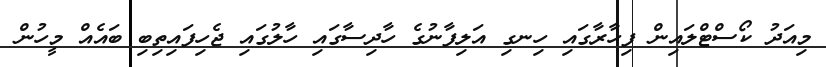
މިއަދު ކޯސްޓްލައިން ފިހާރާގައި ހިނގި އަލިފާނުގެ ހާދިސާގައި ހާލުގައި ޖެހިފައިތިބި ބައެއް މީހުން